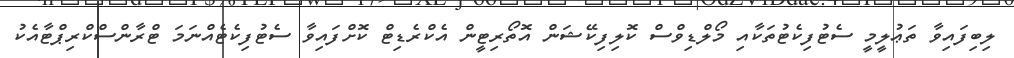
ލިބިފައިވާ ތަޢުލީމީ ސެޓުފިކެޓުތަކާއި މޯލްޑިވްސް ކޮލިފިކޭޝަން އޮތޯރިޓީން އެކްރެޑިޓް ކޮށްފައިވާ ސެޓުފިކެޓެއްނަމަ ޓްރާންސްކްރިޕްޓާއެކު